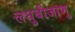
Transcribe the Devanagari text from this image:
लघुबीजाणु